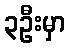
၃ဦးမှာ